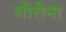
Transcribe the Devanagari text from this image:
गौरींना